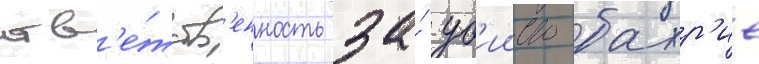
отв'е́тств'енность за́ уб'ииство бахр'ие